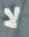
لا